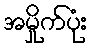
အမှိုက်ပုံး